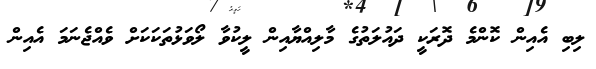
ލިބި އެއިން ކޮންމެ ދޮރަކީ ދައުލަތުގެ މާލިއްޔާއިން ލީކުވާ ލޯވަޅުތަކަކަށް ވެއްޖެނަމަ އެއިން